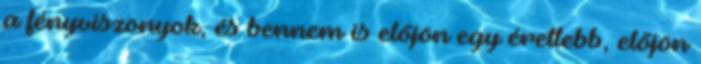
a fényviszonyok, és bennem is előjön egy érettebb, előjön